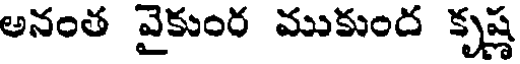
అనంత వైకుంర ముకుంద కృష్ణ